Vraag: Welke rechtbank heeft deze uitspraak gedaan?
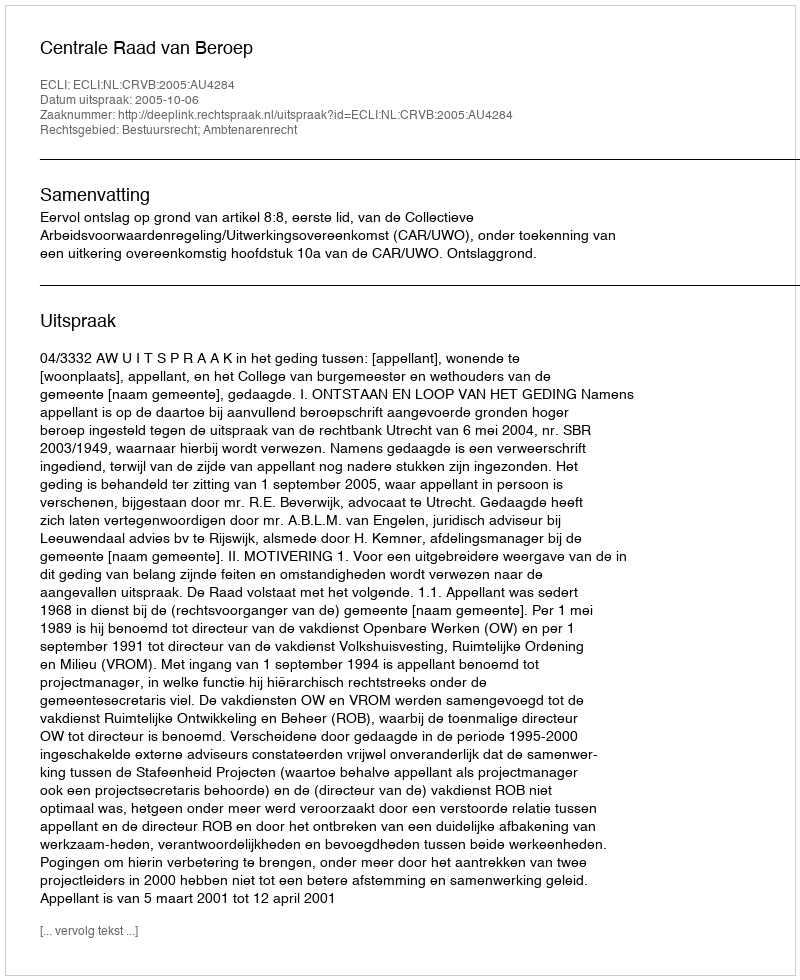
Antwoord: Centrale Raad van Beroep